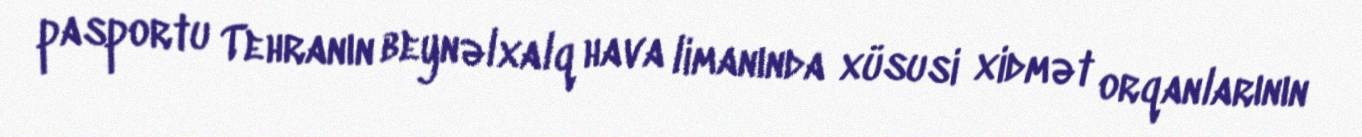
pasportu Tehranın beynəlxalq hava limanında xüsusi xidmət orqanlarının